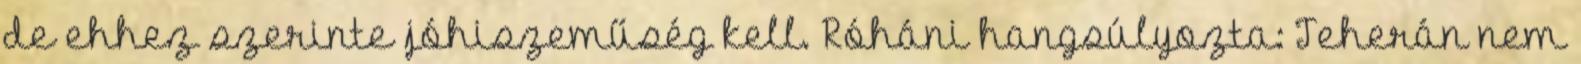
de ehhez szerinte jóhiszeműség kell. Róháni hangsúlyozta: Teherán nem